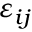
\varepsilon _ { i j }